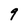
Character: 9